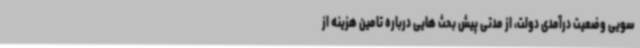
سویی وضعیت درآمدی دولت، از مدتی پیش بحث هایی درباره تامین هزینه از